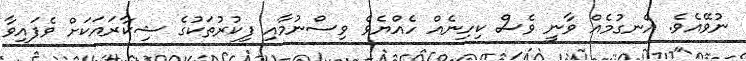
ނުވޭއެވެ. އެނގުމެއް ވާނީ ވެސް ކިހިނެއް ހެއްޔެވެ ވިސްނުމާއި ފިކުރުތަކުގެ ޝިކާރައަކަށް ވެފައިވާ